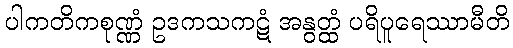
ပါကတိကစုဏ္ဏံ ဥဒကသကဋံ အနွတ္ထံ ပရိပူရေဿာမီတိ